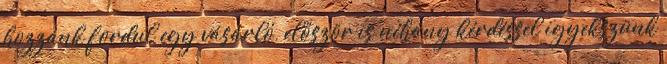
hozzánk fordul egy vásárló, először is néhány kérdéssel igyekszünk